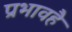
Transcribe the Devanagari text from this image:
प्रभावहै